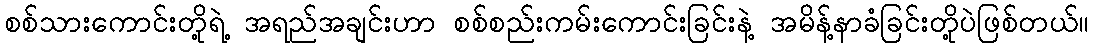
စစ်သားကောင်းတို့ရဲ့ အရည်အချင်းဟာ စစ်စည်းကမ်းကောင်းခြင်းနဲ့ အမိန့်နာခံခြင်းတို့ပဲဖြစ်တယ်။